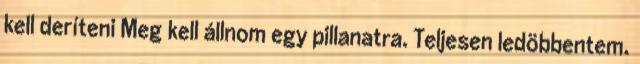
kell deríteni Meg kell állnom egy pillanatra. Teljesen ledöbbentem.